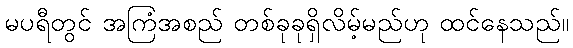
မပရီတွင် အကြံအစည် တစ်ခုခုရှိလိမ့်မည်ဟု ထင်နေသည်။